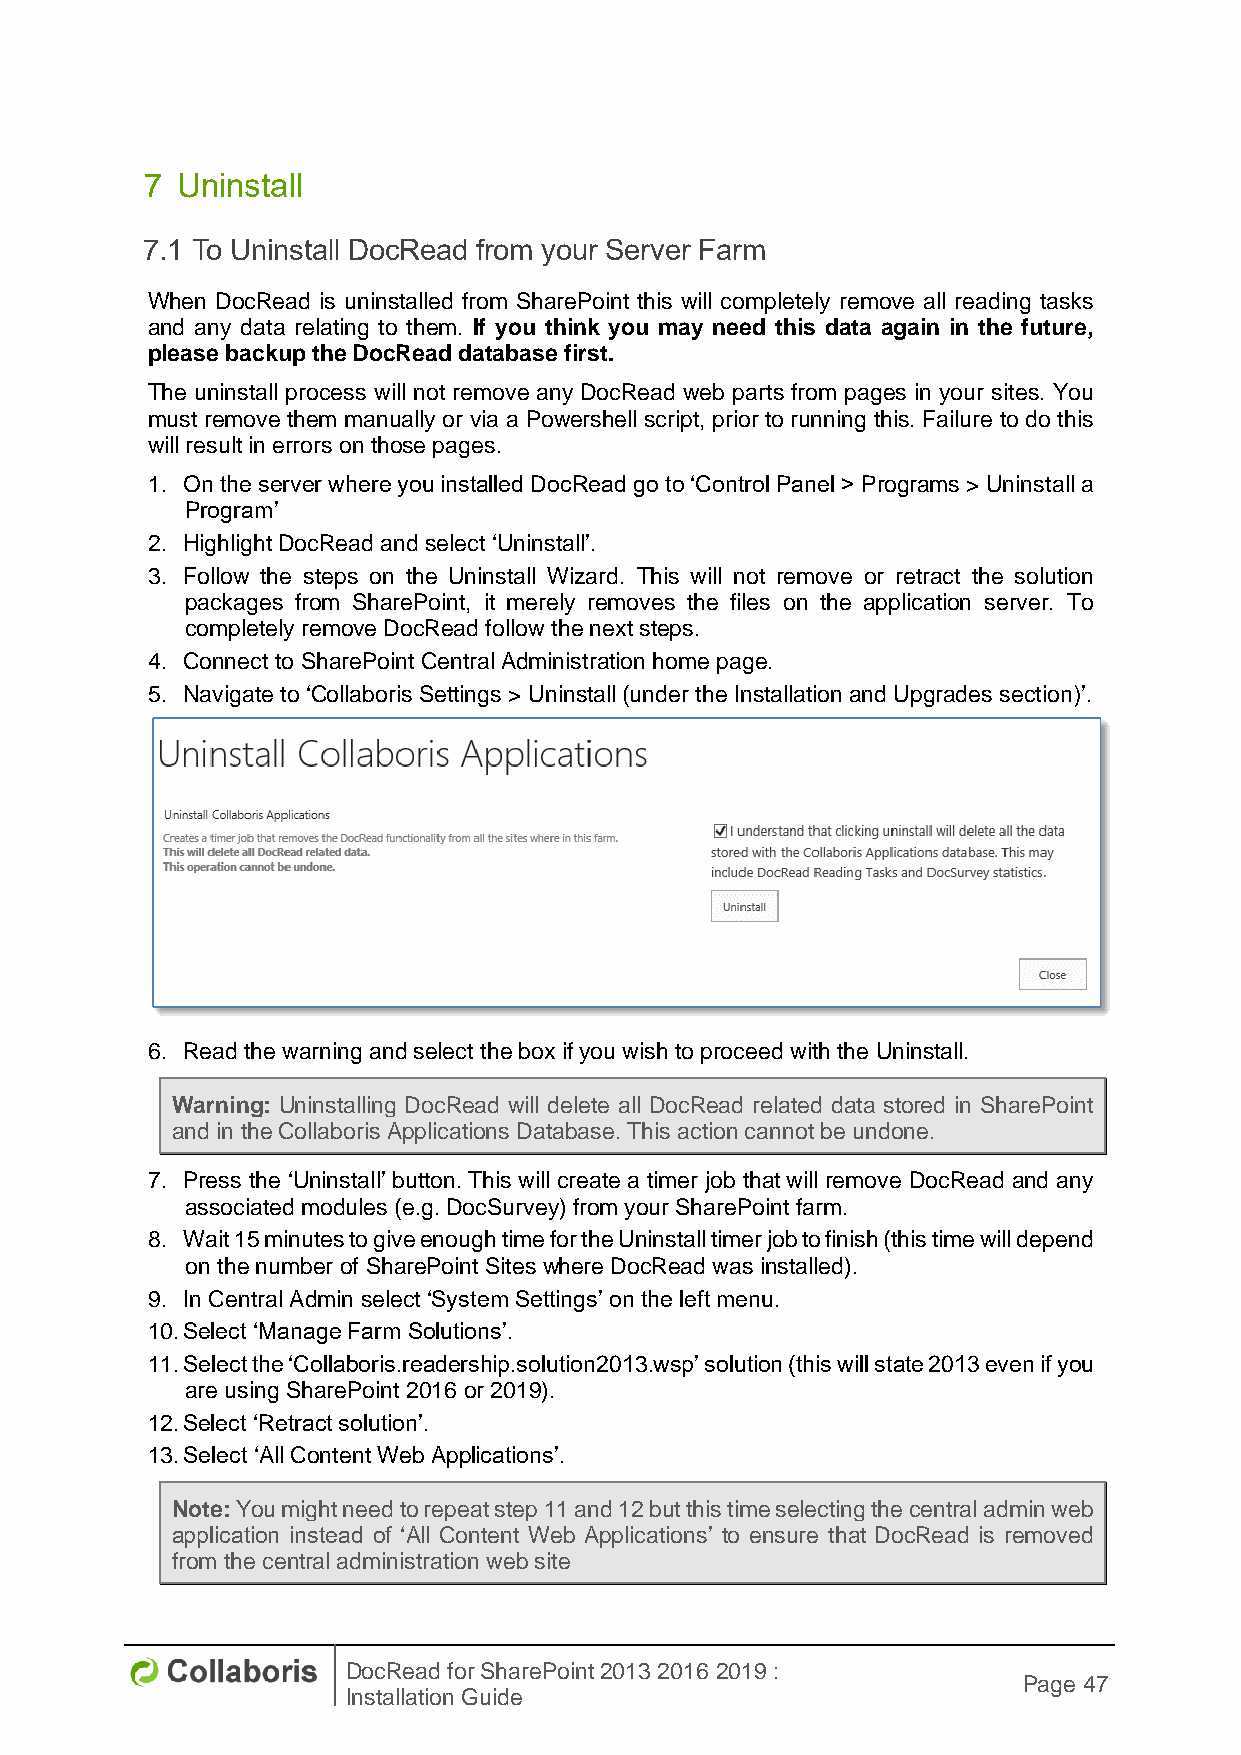
7 Uninstall
 7.1 To Uninstall DocRead from your Server Farm
 When DocRead is uninstalled from SharePoint this will completely remove all reading tasks
 and any data relating to them. If you think you may need this data again in the future,
 please backup the DocRead database first.
 The uninstall process will not remove any DocRead web parts from pages in your sites. You
 must remove them manually or via a Powershell script, prior to running this. Failure to do this
 will result in errors on those pages.
 1. On the server where you installed DocRead go to ‘Control Panel > Programs > Uninstall a
 Program’
 2. Highlight DocRead and select ‘Uninstall’.
 3. Follow the steps on the Uninstall Wizard. This will not remove or retract the solution
 packages from SharePoint, it merely removes the files on the application server. To
 completely remove DocRead follow the next steps.
 4. Connect to SharePoint Central Administration home page.
 5. Navigate to ‘Collaboris Settings > Uninstall (under the Installation and Upgrades section)’.
 6. Read the warning and select the box if you wish to proceed with the Uninstall.
 Warning: Uninstalling DocRead will delete all DocRead related data stored in SharePoint
 and in the Collaboris Applications Database. This action cannot be undone.
 7. Press the ‘Uninstall’ button. This will create a timer job that will remove DocRead and any
 associated modules (e.g. DocSurvey) from your SharePoint farm.
 8. Wait 15 minutes to give enough time for the Uninstall timer job to finish (this time will depend
 on the number of SharePoint Sites where DocRead was installed).
 9. In Central Admin select ‘System Settings’ on the left menu.
 10. Select ‘Manage Farm Solutions’.
 11. Select the ‘Collaboris.readership.solution2013.wsp’ solution (this will state 2013 even if you
 are using SharePoint 2016 or 2019).
 12. Select ‘Retract solution’.
 13. Select ‘All Content Web Applications’.
 Note: You might need to repeat step 11 and 12 but this time selecting the central admin web
 application instead of ‘All Content Web Applications’ to ensure that DocRead is removed
 from the central administration web site
 DocRead for SharePoint 2013 2016 2019 :
 Page 47
 Installation Guide